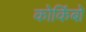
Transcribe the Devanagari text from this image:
कोकिंबो